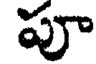
పూ